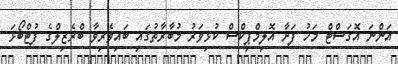
އަންނަ އޮގަސްޓް މަހު ފަށާ އޮލިމްޕިކްސް ކުޅިވަރު މުބާރާތުގައި ބައިވެރިވާ ބްރެޒިލްގެ ފުޓްބޯޅަ